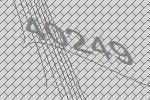
40249